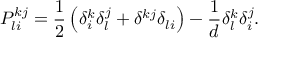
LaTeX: P _ { l i } ^ { k j } = \frac 1 2 \left( \delta _ { i } ^ { k } \delta _ { l } ^ { j } + \delta ^ { k j } \delta _ { l i } \right) - \frac 1 d \delta _ { l } ^ { k } \delta _ { i } ^ { j } .